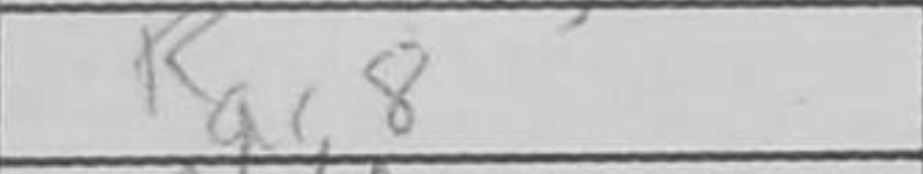
Transcription: Rac8